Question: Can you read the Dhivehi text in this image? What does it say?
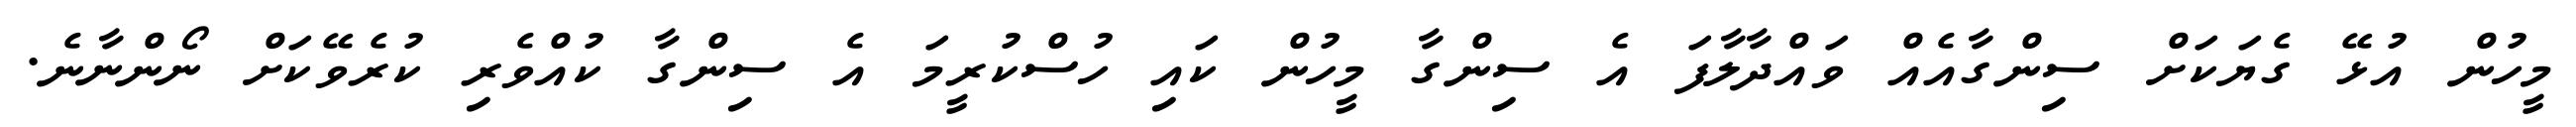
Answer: މީހުން އުޅޭ ގެޔަކަށް ސިންގާއެއް ވައްދާލާފަ އެ ސިންގާ މީހުން ކައި ހުސްކުރީމަ އެ ސިންގާ ކުއްވެރި ކުރެވޭކަށް ނޯންނާނެ.